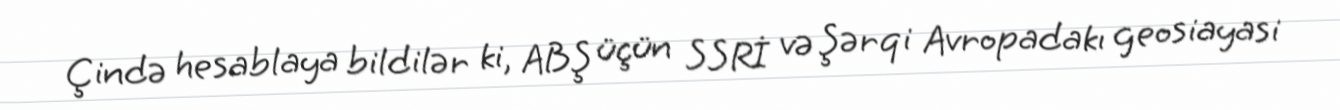
Çində hesablaya bildilər ki, ABŞ üçün SSRİ və Şərqi Avropadakı geosiayasi